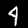
Label: 4